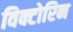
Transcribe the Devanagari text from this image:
विक्टोरिन